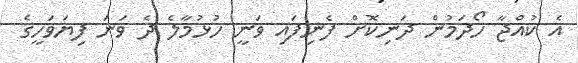
އެ ކުއްޖާ ހޯދަމުން ދަނިކޮށް ފެނިފައި ވަނީ ހުޅުމާލެ ދެ ވަނަ ފިޔަވަހީގެ